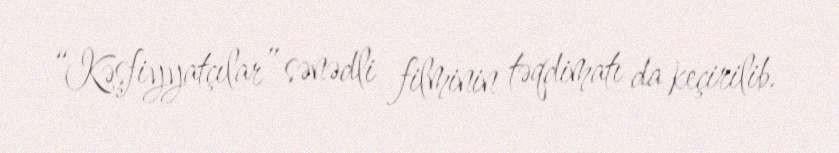
“Kəşfiyyatçılar” sənədli filminin təqdimatı da keçirilib.